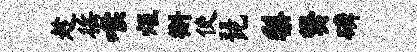
趁徭喉炬槲使琵梨樊磷